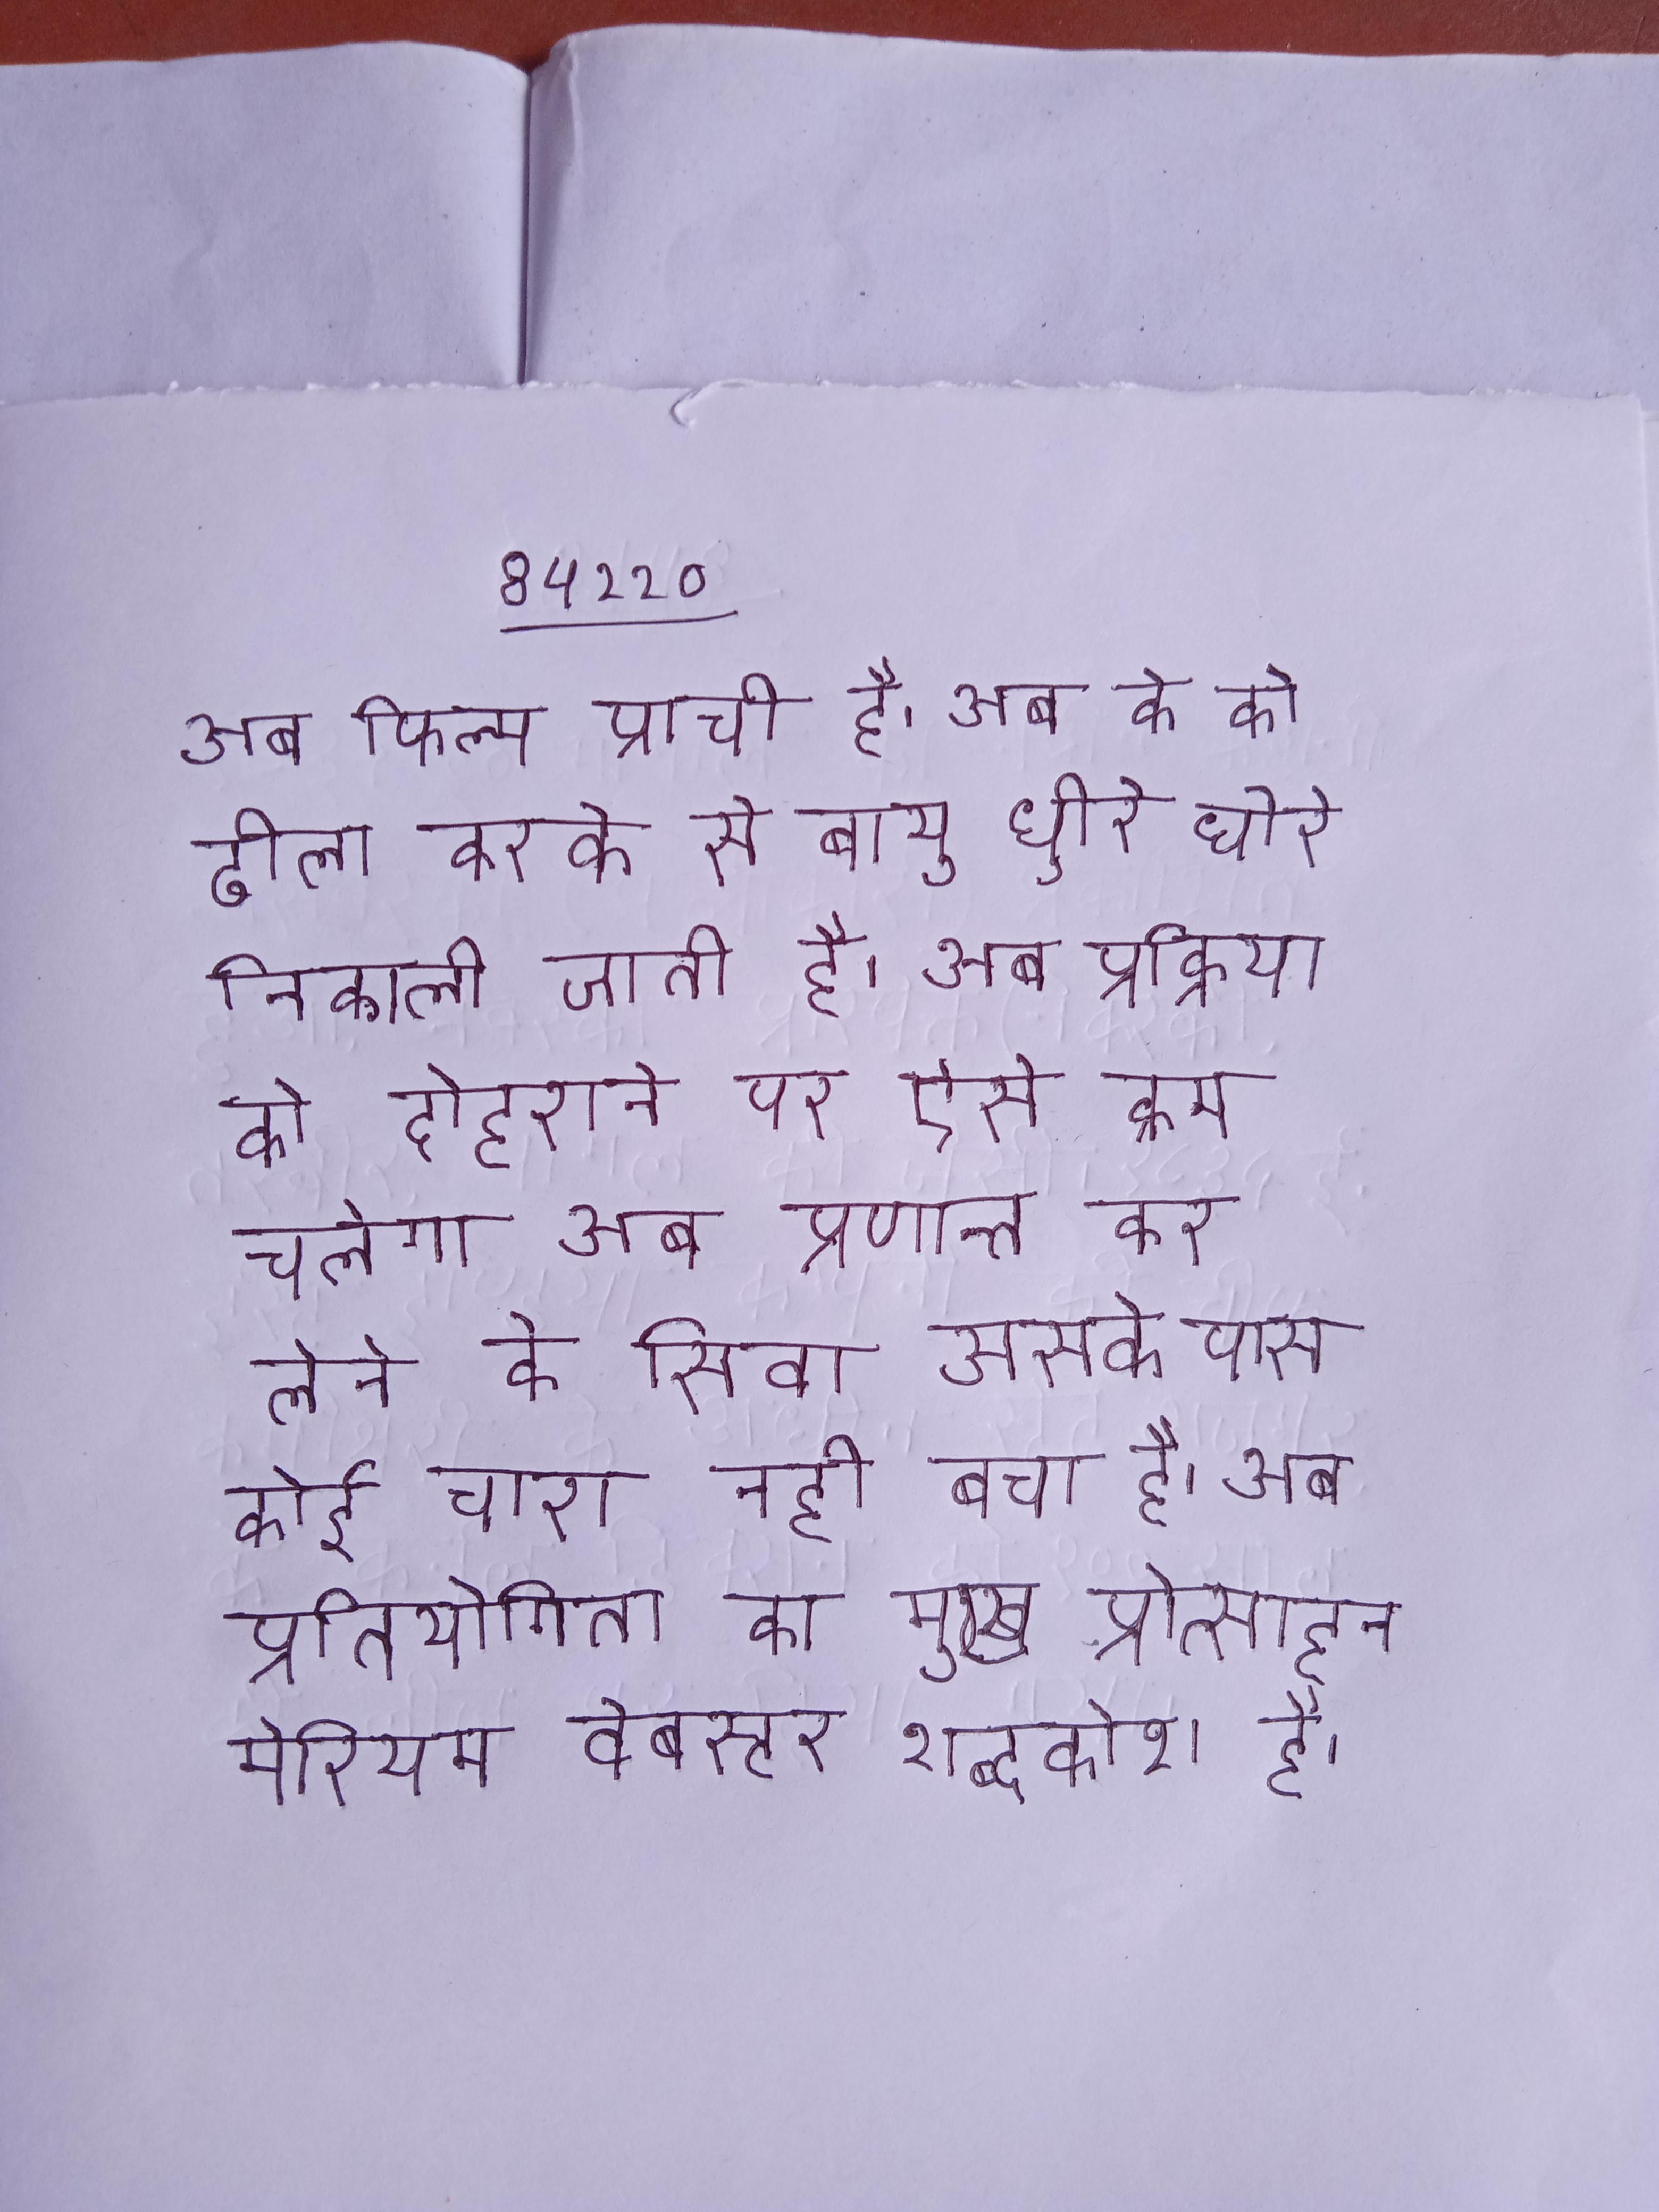
अब फिल्म प्राची है । अब के को ढीला करके से वायु धीरे धीरे निकाली जाती है । अब प्रक्रिया को दोहराने पर ऐसे क्रम चलेगा अब प्रणान्त कर लेने के सिवा उसके पास कोई चारा नही बचा है । अब प्रतियोगिता का मुख्य प्रोत्साहन मेरियम वेबस्टर शब्दकोश है ।